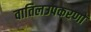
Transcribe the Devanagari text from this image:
वातिलउपकरणों